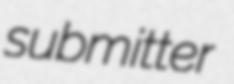
submitter